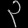
Digit: ၃